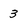
Character: 3